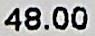
48.00